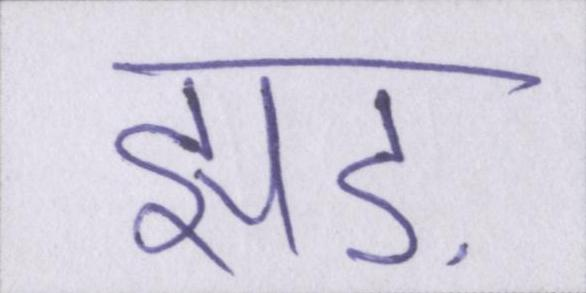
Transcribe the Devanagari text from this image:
झाड़